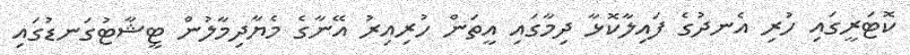
ކޮޓަރީގައި ހުރި އެނދުގެ ފައިލާކޮޅާ ދިމާގައި އީތަން ހުރިއިރު އޭނާގެ މެޔާދިމާލުން ޓީޝާޓުގަނޑުގައި